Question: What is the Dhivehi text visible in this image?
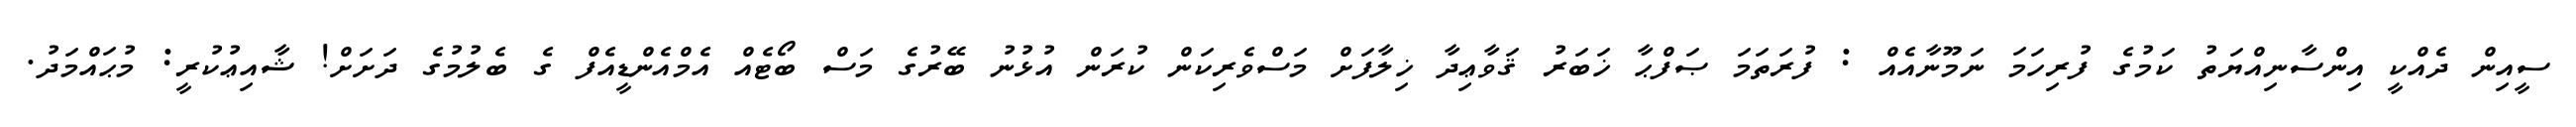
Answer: ސީއިން ދެއްކީ އިންސާނިއްޔަތު ކަމުގެ ފުރިހަމަ ނަމޫނާއެއް : ފުރަތަމަ ޞަފްޙާ ޚަބަރު ޤަވާޢިދާ ޚިލާފަށް މަސްވެރިކަން ކުރަން އުޅުނު ބޭރުގެ މަސް ބޯޓެއް އެމްއެންޑީއެފް ގެ ބެލުމުގެ ދަށަށް! ޝާއިޢުކުރީ: މުޙައްމަދު.